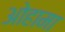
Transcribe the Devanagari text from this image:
ओहामा